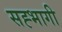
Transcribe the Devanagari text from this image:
सह्भागी